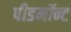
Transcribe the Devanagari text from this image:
पीडमॉन्ट